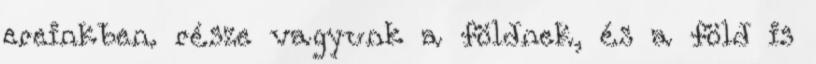
ereinkben. része vagyunk a földnek, és a föld is